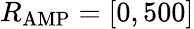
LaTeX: R_{\mathrm{AMP}}=[0,500]